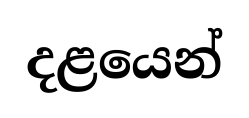
දළයෙන්